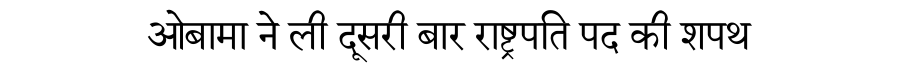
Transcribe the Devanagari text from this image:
ओबामा ने ली दूसरी बार राष्ट्रपति पद की शपथ